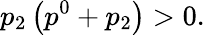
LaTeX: p_{2}\left(p^{0}+p_{2}\right)>0.